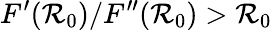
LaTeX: F^{\prime}(\mathcal{R}_{0})/F^{\prime\prime}(\mathcal{R}_{0})>\mathcal{R}_{0}